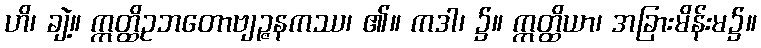
ဟိ၊ ချဲ့။ ဣတ္ထိဥဘတောဗျဉ္ဇနကဿ၊ ၏။ ကဒါ၊ ၌။ ဣတ္ထိယာ၊ အခြားမိန်းမ၌။